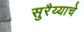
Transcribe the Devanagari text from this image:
सुरैय्याचे